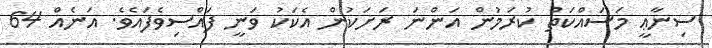
ސިނާޢީ މަސައްކަތް ކުރަމުން އަންނަ ރަށަކުން އެކަކު ވަނީ ފައްސިވެފައެވެ. އަނެއް 64